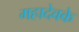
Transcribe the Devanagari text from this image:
महादेवके